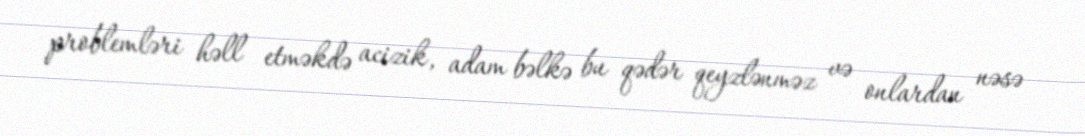
problemləri həll etməkdə acizik, adam bəlkə bu qədər qeyzlənməz və onlardan nəsə